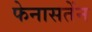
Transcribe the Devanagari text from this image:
फेनासतेंन